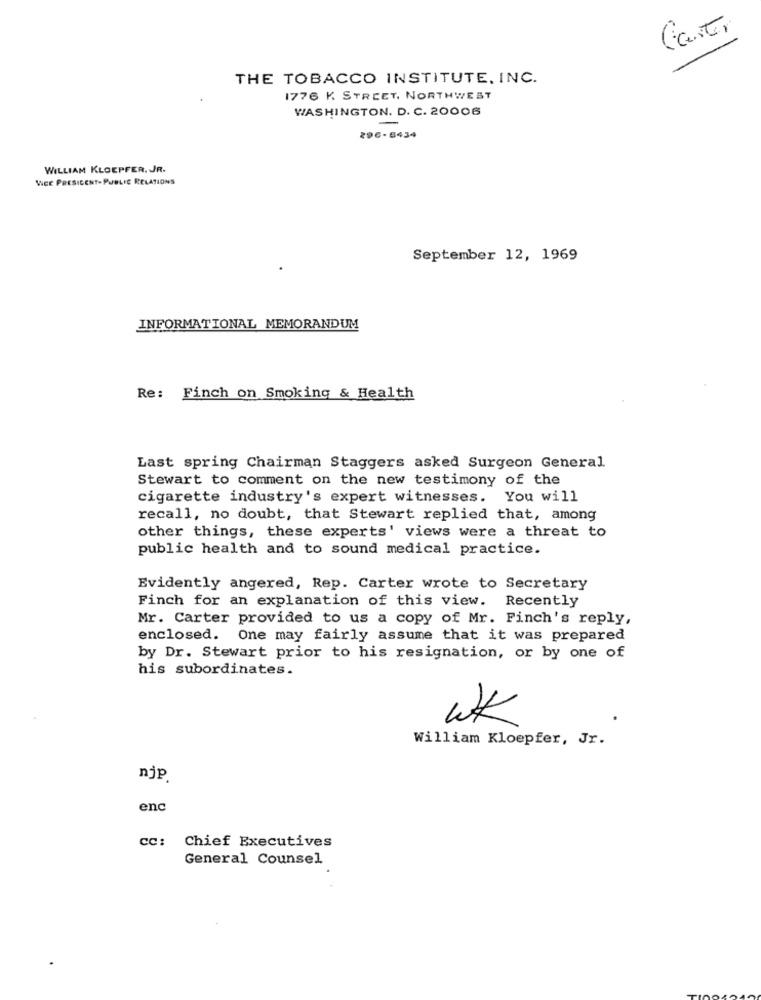
Carte,
THE TOBACCO INSTITUTE, INC.
1776 K STREET, NORTHWEST
WASHINGTON. D. C. 20006
296-6434
WILLIAM KLOEPFER. JR.
WEE PRESICENT-PUBLIC RELATIONS
September 12, 1969
INFORMATIONAL MEMORANDUM
Re: Finch on Smoking & Health
Last spring Chairman Staggers asked Surgeon General
Stewart to comment on the new testimony of the
cigarette industry's expert witnesses. You will
recall, no doubt, that Stewart replied that, among
other things, these experts' views were a threat to
public health and to sound medical practice.
Evidently angered, Rep. Carter wrote to Secretary
Finch for an explanation of this view. Recently
Mr. Carter provided to us a copy of Mr. Finch's reply,
enclosed. One may fairly assume that it was prepared
by Dr. Stewart prior to his resignation, or by one of
his subordinates.
WK
William Kloepfer, Jr.
njp
enc
cc: Chief Executives
General Counsel